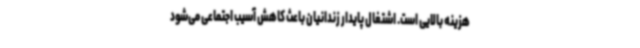
هزینه بالایی است. اشتغال پایدار زندانیان باعث کاهش آسیب اجتماعی می‌شود